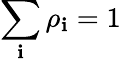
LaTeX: \sum_{\mathbf{i}}\rho_{\mathbf{i}}=1